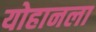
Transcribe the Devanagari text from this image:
योहानला